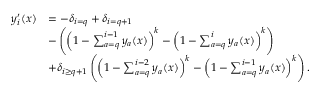
\begin{array} { r l } { y _ { i } ^ { \prime } ( x ) } & { = - \delta _ { i = q } + \delta _ { i = q + 1 } } \\ & { - \left( \left( 1 - \sum _ { a = q } ^ { i - 1 } y _ { a } ( x ) \right) ^ { k } - \left( 1 - \sum _ { a = q } ^ { i } y _ { a } ( x ) \right) ^ { k } \right) } \\ & { + \delta _ { i \ge q + 1 } \left( \left( 1 - \sum _ { a = q } ^ { i - 2 } y _ { a } ( x ) \right) ^ { k } - \left( 1 - \sum _ { a = q } ^ { i - 1 } y _ { a } ( x ) \right) ^ { k } \right) . } \end{array}